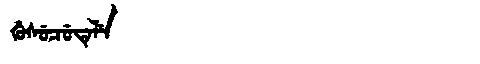
Manchu: ᡤᡠᠰᡠᠴᡠᡨᡝᠯᡝ
Romanization: GUSUCUTELE